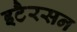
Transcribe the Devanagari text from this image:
इटैरसन